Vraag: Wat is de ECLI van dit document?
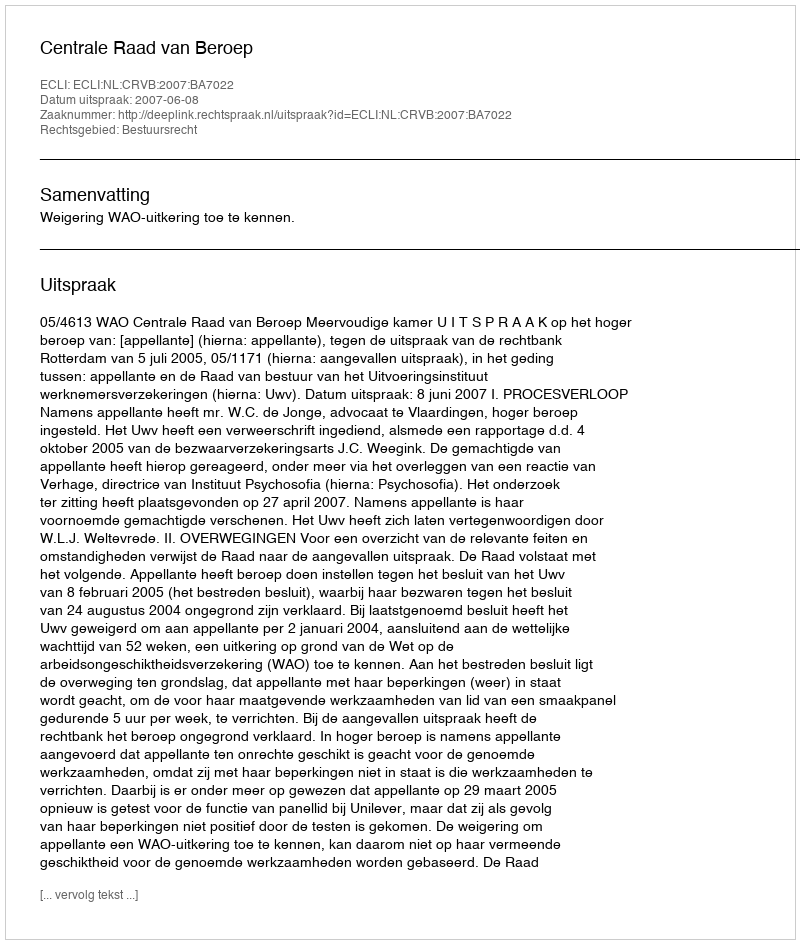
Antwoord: ECLI:NL:CRVB:2007:BA7022